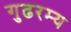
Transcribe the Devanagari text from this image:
गुढरम्य